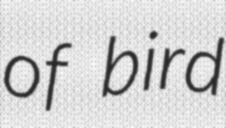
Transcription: of bird